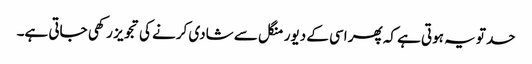
حد تو یہ ہوتی ہے کہ پھر اسی کے دیور منگل سے شادی کرنے کی تجویز رکھی جاتی ہے۔